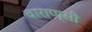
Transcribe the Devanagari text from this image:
वाराण्सी